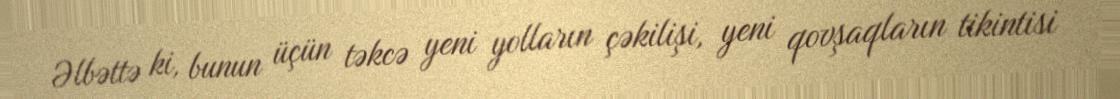
Əlbəttə ki, bunun üçün təkcə yeni yolların çəkilişi, yeni qovşaqların tikintisi